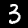
Label: 3